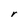
Character: r